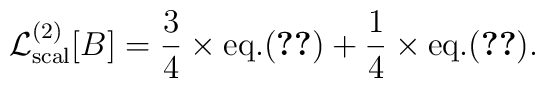
{\cal L}^{(2)}_{\rm scal}[B]={3\over 4}\times{\rm eq.}(\ref{Gamma2scal})+{1\over 4}\times{\rm eq.}(\ref{Gamma2scalpI}).